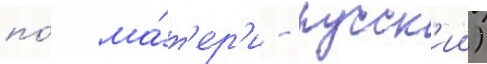
по́ ма́т'ер'и - русск'ии)